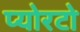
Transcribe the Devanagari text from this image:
प्योरटो